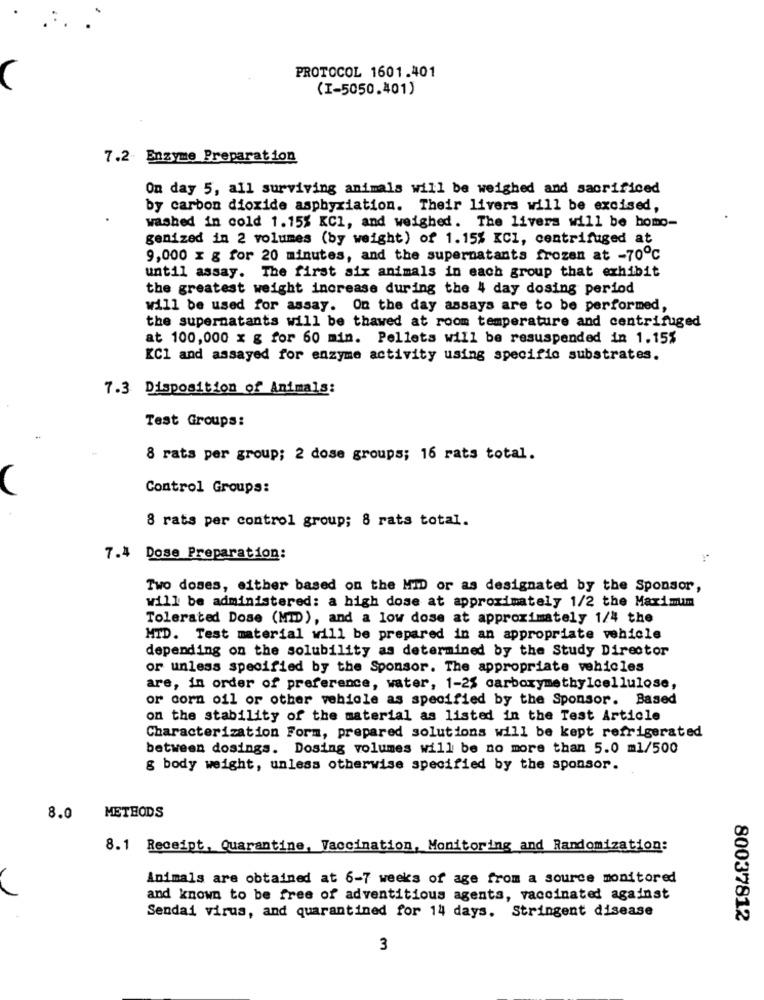
PROTOCOL 1601.401
(I-5050.401)
7.2- Enzyme Preparation
On day 5, all surviving animals will be weighed and sacrificed
by carbon dioxide asphyxiation. Their livers will be excised,
washed in cold 1.15% KCI, and weighed. The livers will be homo-
genized in 2 volumes (by weight) of 1.15% KCI, centrifuged at
9,000 x g for 20 minutes, and the supernatants frozen at -70℃
until assay. The first six animals in each group that exhibit
the greatest weight increase during the 4 day dosing period
will be used for assay. On the day assays are to be performed,
the supernatants will be thawed at room temperature and centrifuged
at 100,000 x g for 60 min. Pellets will be resuspended in 1.15%
KC1 and assayed for enzyme activity using specific substrates.
7.3 Disposition of Animals:
Test Groups:
8 rats per group; 2 dose groups; 16 rats total.
Control Groups:
8 rats per control group; 8 rats total.
7.4 Dose Preparation:
Two doses, either based on the MID or as designated by the Sponsor,
will be administered: a high dose at approximately 1/2 the Maximum
Tolerated Dose (MID), and a low dose at approximately 1/4 the
MTD. Test material will be prepared in an appropriate vehicle
depending on the solubility as determined by the Study Director
or unless specified by the Sponsor. The appropriate vehicles
are, in order of preference, water, 1-25 carboxymethylcellulose,
or corn oil or other vehicle as specified by the Sponsor. Based
on the stability of the material as listed in the Test Article
Characterization Form, prepared solutions will be kept refrigerated
between dosings. Dosing volumes will be no more than 5.0 ml/500
g body weight, unless otherwise specified by the sponsor.
8.0 METHODS
8.1 Receipt, Quarantine, Vaccination, Monitoring and Randomization:
Animals are obtained at 6-7 weeks of age from a source monitored
and known to be free of adventitious agents, vaccinated against
Sendai virus, and quarantined for 14 days. Stringent disease
80037812
3